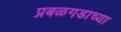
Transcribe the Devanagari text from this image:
प्रबळगडाच्या